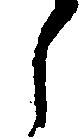
し